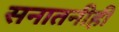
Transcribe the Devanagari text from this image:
सनातनीही